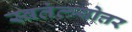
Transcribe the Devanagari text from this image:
स्वतंत्त्र्योत्तर